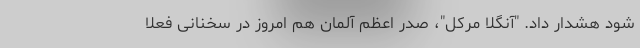
شود هشدار داد. "آنگلا مرکل"، صدر اعظم آلمان هم امروز در سخنانی فعلا